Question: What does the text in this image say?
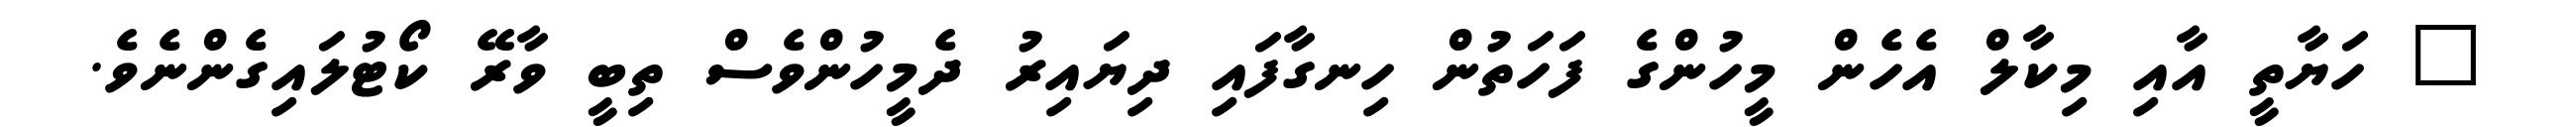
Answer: " ހަޔާތީ އާއި މިކާލް އެހެން މީހުންގެ ފަހަތުން ހިނގާފައި ދިޔައިރު ދެމީހުންވެސް ތިބީ ވާރޭ ކޯޓުލައިގެންނެވެ.